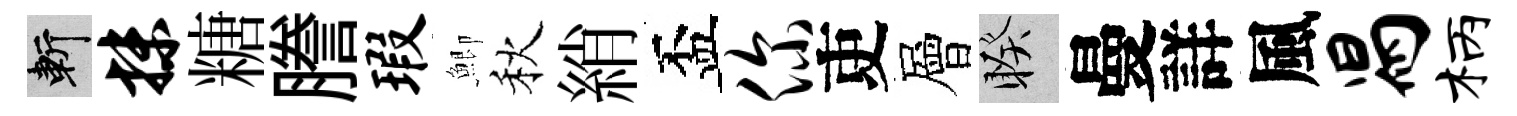
斬抹糖謄瑕鯽秋綃盃你吏層睽曼詳風舄柄